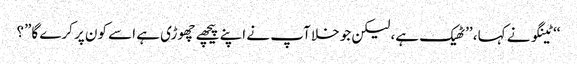
‘‘ ٹینگو نے کہا، ’’ٹھیک ہے، لیکن جو خلا آپ نے اپنے پیچھے چھوڑی ہے اسے کون پر کرے گا”؟